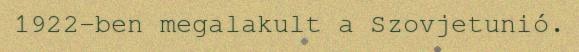
1922-ben megalakult a Szovjetunió.